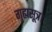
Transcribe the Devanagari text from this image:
गृह्यसूत्र।